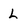
Character: L